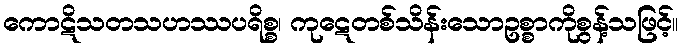
ကောဋိသတသဟဿပရိစ္စ၊ ကုဋေတစ်သိန်းသောဥစ္စာကိုစွန့်သဖြင့်။